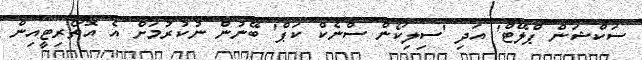
ސަކްޝަން ޕްލޭޓް' އަދި 'ސިލިކޯން ސްނެކް ކަޕް' ބޭނުން ނުކުރުމަށް އެ އޮތޯރިޓީއިން